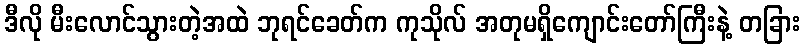
ဒီလို မီးလောင်သွားတဲ့အထဲ ဘုရင်ခေတ်က ကုသိုလ် အတုမရှိကျောင်းတော်ကြီးနဲ့ တခြား